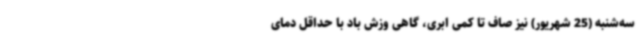
سه‌شنبه (25 شهریور) نیز صاف تا کمی ابری، گاهی وزش باد با حداقل دمای